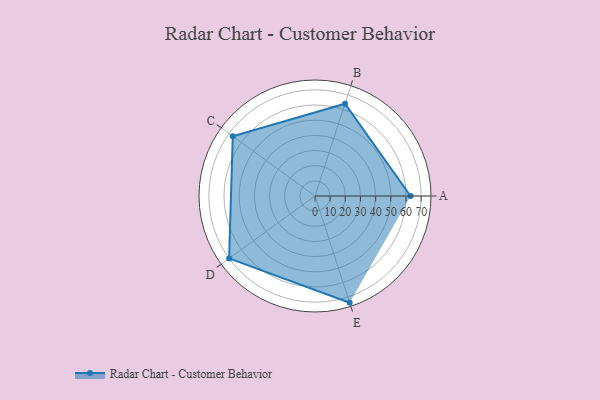
{"axis": {"x": "Skill", "y": "Score"}, "legend": ["Profile"], "data": [{"x": "A", "y": 63.0, "type": "Profile"}, {"x": "B", "y": 64.0, "type": "Profile"}, {"x": "C", "y": 67.0, "type": "Profile"}, {"x": "D", "y": 70.0, "type": "Profile"}, {"x": "E", "y": 74.0, "type": "Profile"}]}